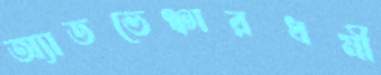
অ্যাডভেঞ্চারধর্মী